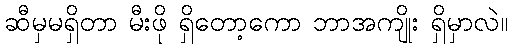
ဆီမှမရှိတာ မီးဖို ရှိတော့ကော ဘာအကျိုး ရှိမှာလဲ။